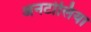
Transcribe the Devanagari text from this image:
अनटोलिया